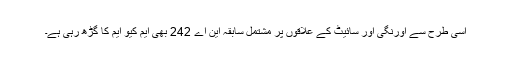
اسی طرح سے اورنگی اور سائیٹ کے علاقوں پر مشتمل سابقہ این اے 242 بھی ایم کیو ایم کا گڑھ رہی ہے۔